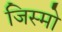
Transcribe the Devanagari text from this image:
जिस्मो